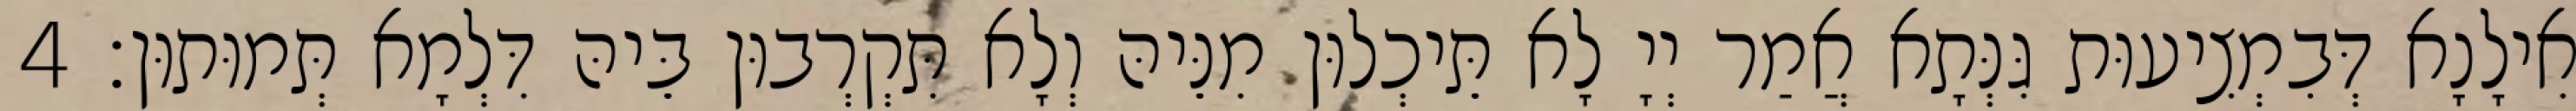
אִילָנָא דְּבִמְצִיעוּת גִּנְּתָא אֲמַר יְיָ לָא תֵּיכְלוּן מִנֵּיהּ וְלָא תִּקְרְבוּן בֵּיהּ דִּלְמָא תְּמוּתוּן׃ 4